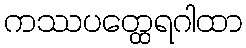
ကဿပတ္ထေရဂါထာ